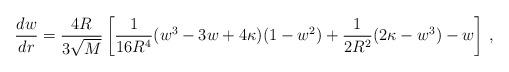
LaTeX: \begin{align*}\frac{d w}{d r} = \frac{4 R}{3\sqrt{M}}\left[ \frac{1}{16 R^4}(w^3-3w+4\kappa)(1-w^2) + \frac{1}{2 R^2}(2\kappa-w^3) - w\right]\,,\end{align*}